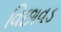
વિછાવડ